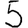
Digit: 5